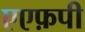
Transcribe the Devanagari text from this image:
एएफ़पी